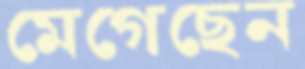
মেগেছেন